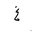
Letter: _gayn